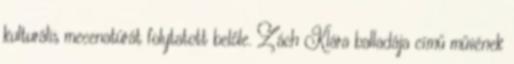
kulturális mecenatúrát folytatott belőle. Zách Klára balladája című művének